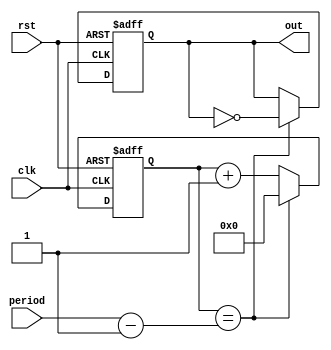
module PeriodicTimer (
  input clk,
  input rst,
  input [31:0] period,
  output reg out
);

reg [31:0] count;

always @(posedge clk or posedge rst) begin
  if (rst) begin
    count <= 0;
    out <= 0;
  end else begin
    if (count == period - 1) begin
      count <= 0;
      out <= ~out;
    end else begin
      count <= count + 1;
    end
  end
end

endmodule